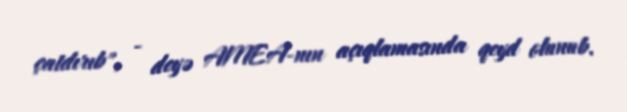
çatdırıb", - deyə AMEA-nın açıqlamasında qeyd olunub.